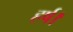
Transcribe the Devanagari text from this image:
हर्ष।